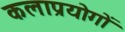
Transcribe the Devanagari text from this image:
कलाप्रयोगों